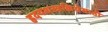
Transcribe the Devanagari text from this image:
हृदयशस्त्रक्रियेसाठी